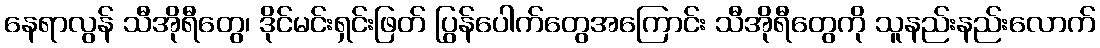
နေရာလွန် သီအိုရီတွေ၊ ဒိုင်မင်းရှင်းဖြတ် ပြွန်ပေါက်တွေအကြောင်း သီအိုရီတွေကို သူနည်းနည်းလောက်